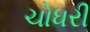
ચોધરી